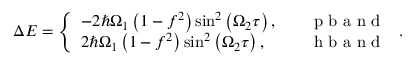
\begin{array} { r } { \Delta { \cal E } = \left\{ \begin{array} { l l } { - 2 \hbar \Omega _ { 1 } \left( 1 - f ^ { 2 } \right) \sin ^ { 2 } \left( \Omega _ { 2 } \tau \right) , } & { \quad \mathrm { ~ p ~ b ~ a ~ n ~ d ~ } } \\ { 2 \hbar \Omega _ { 1 } \left( 1 - f ^ { 2 } \right) \sin ^ { 2 } \left( \Omega _ { 2 } \tau \right) , } & { \quad \mathrm { ~ h ~ b ~ a ~ n ~ d ~ } } \end{array} \right. . } \end{array}